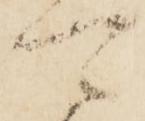
可